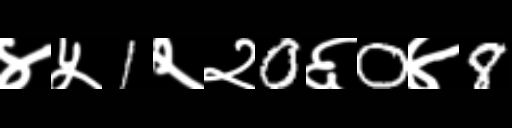
Text: ४५1२२0६0४8